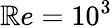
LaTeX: \mathbb{R}e=10^{3}